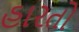
હારતો